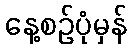
နေ့စဉ်ပုံမှန်